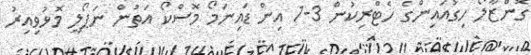
ގޮންޒާލޯ ހިގުއައިންގެ ހެޓްރިކުން 3-1 އިން ޑައިނަމޯ މޮސްކޯ އަތުން ނަޕޯލީ މޮޅުވިއިރު